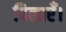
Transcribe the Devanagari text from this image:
पिलाएँ।